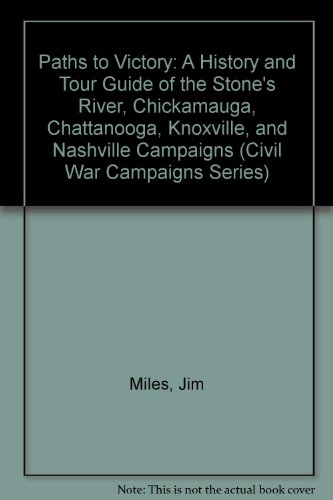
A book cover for Paths to Victory: A History and Tour Guide of the Stone's River, Chickamauga, Chattanooga, Knoxville, and Nashville Campaigns (Civil War Campaigns Series); Jim Miles; Travel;